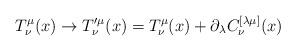
LaTeX: \begin{align*}T^\mu_{\nu}(x) \to T^{\prime \mu}_\nu(x)= T^\mu_{\nu}(x)+\partial_\lambda C^{[\lambda\mu]}_\nu (x)\end{align*}